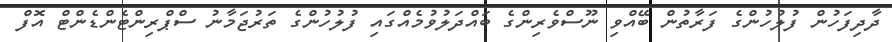
ދާދިފަހުން ފުލުހުންގެ ފަރާތުން ބޭއްވި ނޫސްވެރިންގެ ބައްދަލުވުމެއްގައި ފުލުހުންގެ ތަރުޖަމާނު ސްޕްރިންޓެންޑެންޓް އޮފް